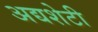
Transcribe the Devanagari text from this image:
अद्यशेटी